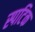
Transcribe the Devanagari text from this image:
स्पटिक